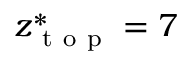
z _ { \mathrm { ~ t ~ o ~ p ~ } } ^ { * } = 7